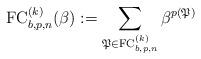
LaTeX: \begin{gather*}{\rm FC}^{(k)}_{b,p,n}(\beta):= \sum_{\mathfrak{P} \in {\rm FC}_{b,p,n}^{(k)}}\beta^{p(\mathfrak{P})}\end{gather*}